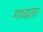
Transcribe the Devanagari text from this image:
गाढता